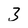
Character: 3